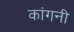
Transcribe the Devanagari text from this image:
कांगनी